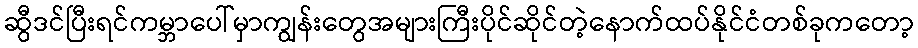
ဆွီဒင်ပြီးရင်ကမ္ဘာပေါ်မှာကျွန်းတွေအများကြီးပိုင်ဆိုင်တဲ့နောက်ထပ်နိုင်ငံတစ်ခုကတော့